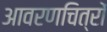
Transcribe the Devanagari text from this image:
आवरणचित्रों